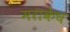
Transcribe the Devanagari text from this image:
मराकेच